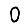
Digit: 0